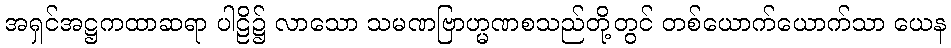
အရှင်အဋ္ဌကထာဆရာ ပါဠိ၌ လာသော သမဏဗြာဟ္မဏစသည်တို့တွင် တစ်ယောက်ယောက်သာ ယေန